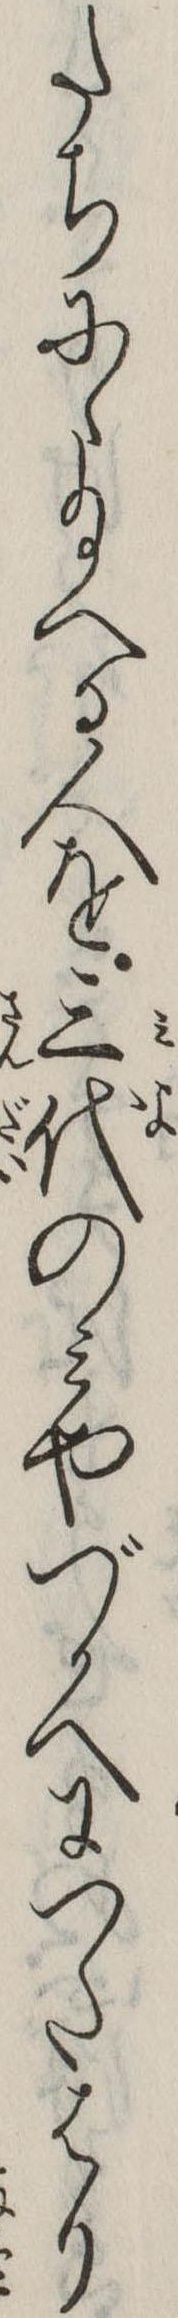
たちにゝ給へる人を三代のみやづかへにつたはり